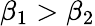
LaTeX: \beta_{1}>\beta_{2}